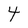
Character: 4